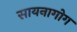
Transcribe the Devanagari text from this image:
सायनागोग